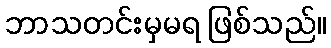
ဘာသတင်းမှမရ ဖြစ်သည်။